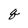
Character: q